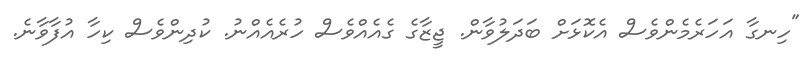
"ހިނގާ އަހަރެމެންވެސް އެކޮޅަށް ބަދަލުވާން. ޖީޒާގެ ގެއެއްވެސް ހުރެއެއްނު. ކުދިންވެސް ކިހާ އުފާވާނެ.